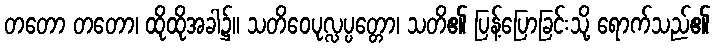
တတော တတော၊ ထိုထိုအခါ၌။ သတိဝေပုလ္လပ္ပတ္တော၊ သတိ၏ ပြန့်ပြောခြင်းသို့ ရောက်သည်၏